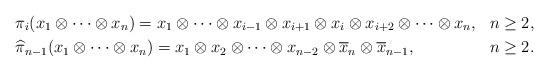
LaTeX: \begin{align*}&\pi_i(x_1\otimes\cdots \otimes x_n) = x_1 \otimes \cdots \otimes x_{i-1} \otimes x_{i+1} \otimes x_{i} \otimes x_{i+2}\otimes \cdots \otimes x_{n},& n \geq2, \\&\widehat{\pi}_{n-1}(x_1\otimes\cdots \otimes x_n)= x_1\otimes x_2\otimes\cdots \otimes x_{n-2} \otimes \overline{x}_{n}\otimes \overline{x}_{n-1},& n \geq 2. \end{align*}